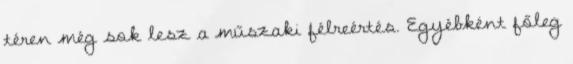
téren még sok lesz a műszaki félreértés. Egyébként főleg